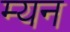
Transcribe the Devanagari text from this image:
म्यन